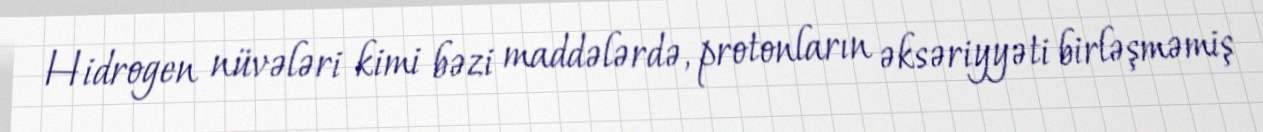
Hidrogen nüvələri kimi bəzi maddələrdə, protonların əksəriyyəti birləşməmiş